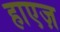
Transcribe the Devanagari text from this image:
हाएज़